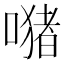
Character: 𱔢